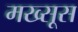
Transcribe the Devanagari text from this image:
मख्सूस